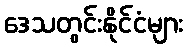
ဒေသတွင်းနိုင်ငံများ